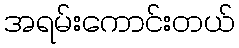
အရမ်းကောင်းတယ်